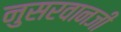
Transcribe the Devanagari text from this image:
नुसरवानजी